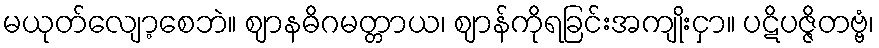
မယုတ်လျော့စေဘဲ။ ဈာနဓိဂမတ္တာယ၊ ဈာန်ကိုရခြင်းအကျိုးငှာ။ ပဋိပဇ္ဇိတဗ္ဗံ၊